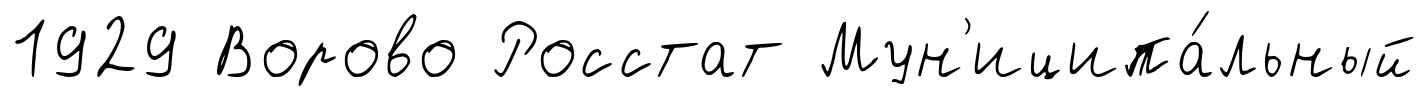
1929 Ворово Росстат Мун'иципа́льный